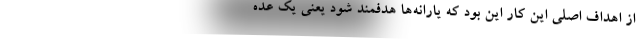
از اهداف اصلی این کار این بود که یارانه‌ها هدفمند شود یعنی یک عده